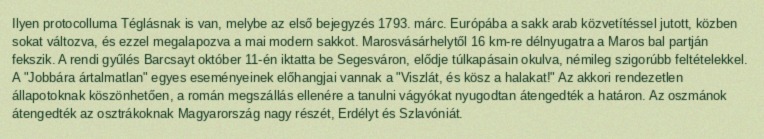
Ilyen protocolluma Téglásnak is van, melybe az első bejegyzés 1793. márc. Európába a sakk arab közvetítéssel jutott, közben sokat változva, és ezzel megalapozva a mai modern sakkot. Marosvásárhelytől 16 km-re délnyugatra a Maros bal partján fekszik. A rendi gyűlés Barcsayt október 11-én iktatta be Segesváron, elődje túlkapásain okulva, némileg szigorúbb feltételekkel. A "Jobbára ártalmatlan" egyes eseményeinek előhangjai vannak a "Viszlát, és kösz a halakat!" Az akkori rendezetlen állapotoknak köszönhetően, a román megszállás ellenére a tanulni vágyókat nyugodtan átengedték a határon. Az oszmánok átengedték az osztrákoknak Magyarország nagy részét, Erdélyt és Szlavóniát.